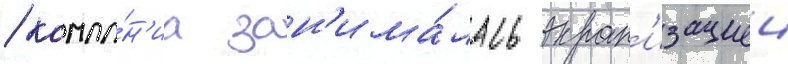
/ компа́н'иа зан'има́лась экран'изациеи